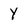
Character: Y